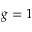
g = 1